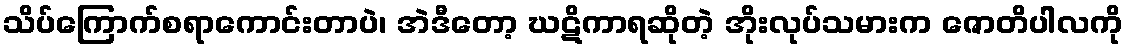
သိပ်ကြောက်စရာကောင်းတာပဲ၊ အဲဒီတော့ ဃဋိကာရဆိုတဲ့ အိုးလုပ်သမားက ဇောတိပါလကို